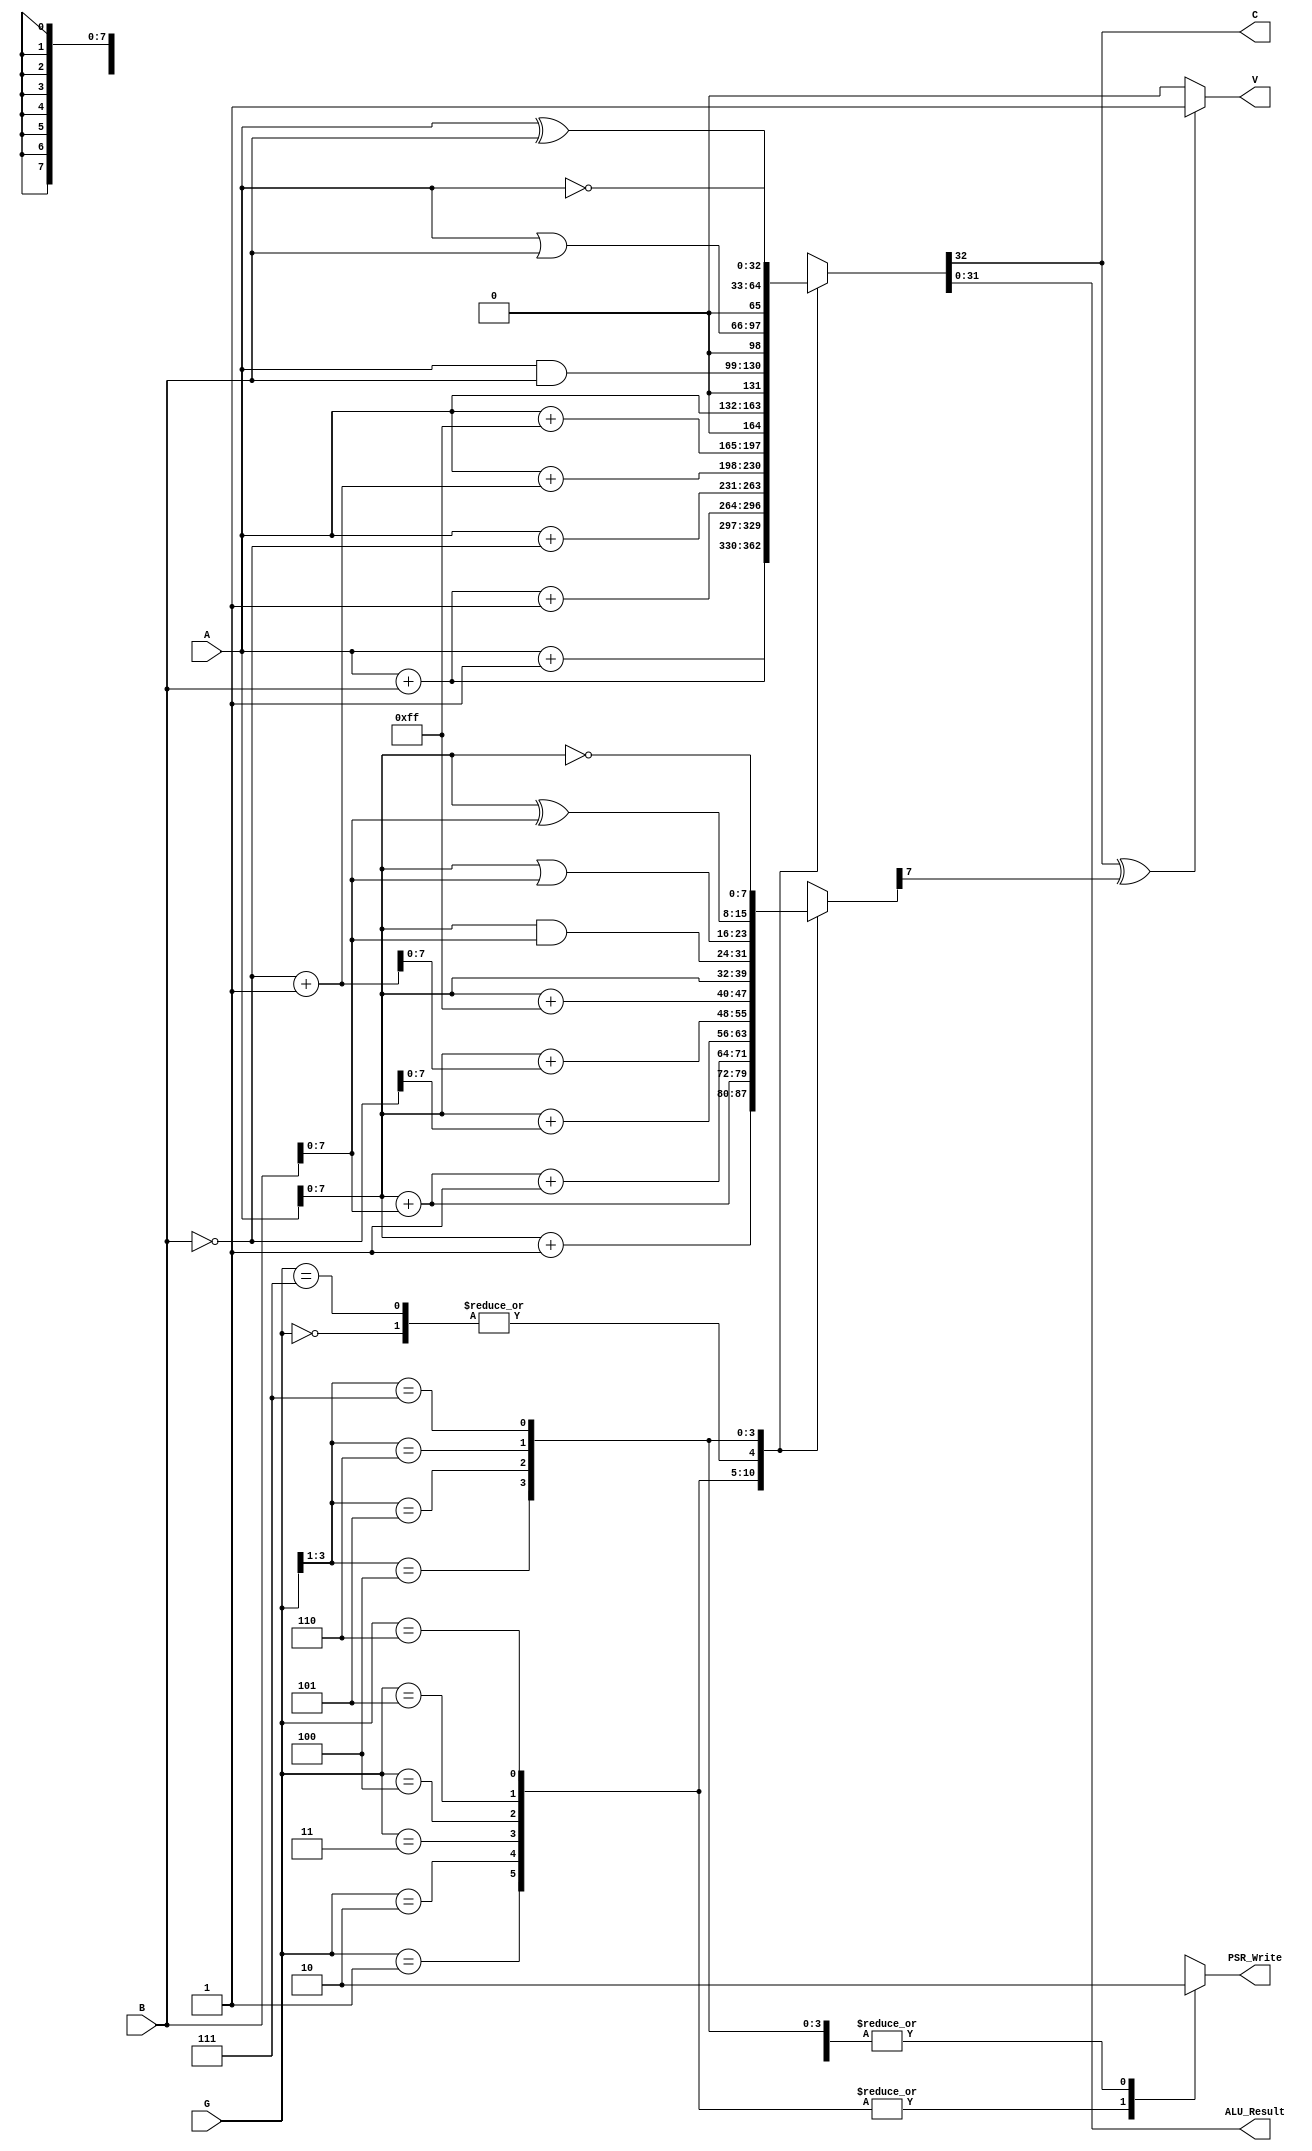
module Arithmetic_Logic_Unit(
    G,
    A,
    B,
    ALU_Result,
    V,
    C,
	 PSR_Write
    );

parameter word_Size = 32;

    input [3:0] G;
    input [word_Size - 1:0] A;
    input [word_Size - 1:0] B;
    output reg [word_Size - 1:0] ALU_Result;
    output V;
    output reg C;
	 output reg PSR_Write;

reg [word_Size - 1:0] Inner_Carry;
wire[word_Size - 1:0] nB = ~B;
wire[word_Size - 1:0] nBplusOne = nB + 1;
wire[word_Size - 1:0] negOne = 8'b11111111; //0000|0001, 1111|1110, 11111111

always @ (*) begin
	casex(G)
		4'b0000 : Inner_Carry =  A[word_Size - 2:0];
		4'b0001 : Inner_Carry = (A[word_Size - 2:0] + 1);
		4'b0010 : Inner_Carry = (A[word_Size - 2:0] + B[word_Size - 2:0]);
		4'b0011 : Inner_Carry = (A[word_Size - 2:0] + B[word_Size - 2:0] + 1);
		4'b0100 : Inner_Carry = (A[word_Size - 2:0] + (nB[word_Size - 2:0]));
		4'b0101 : Inner_Carry = (A[word_Size - 2:0] + nBplusOne[word_Size - 2:0]);
		4'b0110 : Inner_Carry = (A[word_Size - 2:0] + negOne[word_Size - 2:0]);
		4'b0111 : Inner_Carry =  A[word_Size - 2:0];

		4'b100x : Inner_Carry = ( A[word_Size - 2:0] & B[word_Size - 2:0]);
		4'b101x : Inner_Carry = ( A[word_Size - 2:0] | B[word_Size - 2:0]);
		4'b110x : Inner_Carry = ( A[word_Size - 2:0] ^ B[word_Size - 2:0]);
		4'b111x : Inner_Carry = (~A[word_Size - 2:0]);
		default : Inner_Carry = {word_Size{1'bx}};
	endcase

	casex(G)
		4'b0000 : begin {C, ALU_Result} =  A;
									PSR_Write = 0;
					 end
		4'b0001 : begin {C, ALU_Result} = (A + 1);
							PSR_Write = 1;
					 end
		4'b0010 : begin {C, ALU_Result} = (A + B);
									PSR_Write = 1;
					 end
		4'b0011 : begin {C, ALU_Result} = (A + B + 1);
									PSR_Write = 1;
					 end

		4'b0100 : begin {C, ALU_Result} = (A + (nB));
									PSR_Write = 1;
					 end

		4'b0101 : begin {C, ALU_Result} = (A + nBplusOne);
									PSR_Write = 1;
					 end

		4'b0110 : begin {C, ALU_Result} = (A + negOne);
									PSR_Write = 1;
					 end

		4'b0111 : begin {C, ALU_Result} = (A);
											PSR_Write = 0;
					 end

		4'b100x : begin {C, ALU_Result} =  A & B;
											PSR_Write = 0;
					 end
		4'b101x : begin {C, ALU_Result} =  A | B;
											PSR_Write = 0;
					 end
		4'b110x : begin {C, ALU_Result} =  A ^ B;
											PSR_Write = 0;
					 end
		4'b111x : begin {C, ALU_Result} = ~A;
											PSR_Write = 0;
					 end
		default : begin {C, ALU_Result} = {word_Size{1'bx}};
											PSR_Write = 0;
					 end
	endcase
end
								
assign V = (C ^ Inner_Carry[7]) ? 1'b1 : 1'b0;

endmodule